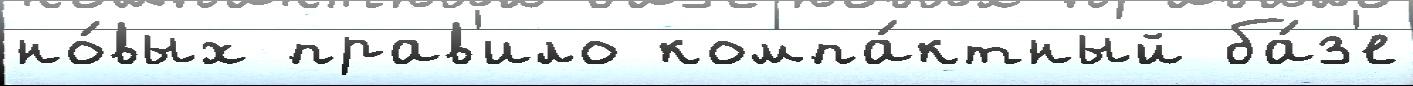
но́вых прав'ило компа́ктный ба́з'е